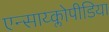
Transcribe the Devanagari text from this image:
एन्साय्क्लोपीडिया